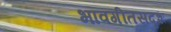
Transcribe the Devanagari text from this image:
भावगीतसदृश